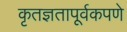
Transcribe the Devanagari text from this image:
कृतज्ञतापूर्वकपणे